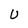
Character: U